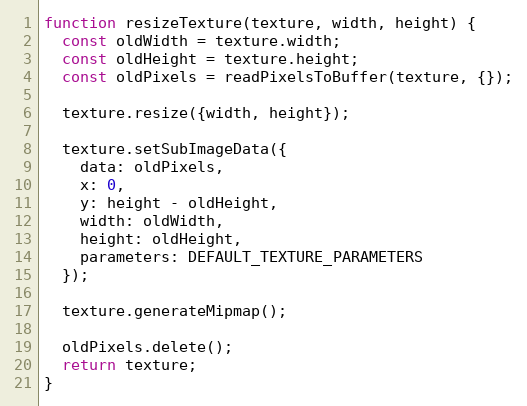
Language: JavaScript
function resizeTexture(texture, width, height) {
  const oldWidth = texture.width;
  const oldHeight = texture.height;
  const oldPixels = readPixelsToBuffer(texture, {});

  texture.resize({width, height});

  texture.setSubImageData({
    data: oldPixels,
    x: 0,
    y: height - oldHeight,
    width: oldWidth,
    height: oldHeight,
    parameters: DEFAULT_TEXTURE_PARAMETERS
  });

  texture.generateMipmap();

  oldPixels.delete();
  return texture;
}